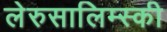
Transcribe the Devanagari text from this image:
लेरुसालिम्स्की